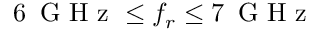
6 { \ensuremath { \, \mathrm { ~ G ~ H ~ z ~ } } } \le f _ { r } \le 7 { \ensuremath { \, \mathrm { ~ G ~ H ~ z ~ } } }